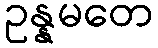
ဥန္နမတေ